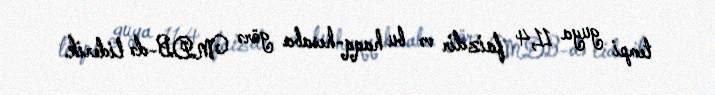
tempi guya 11,4 faizdir və bu haqq-hesaba görə MDB-də liderik.